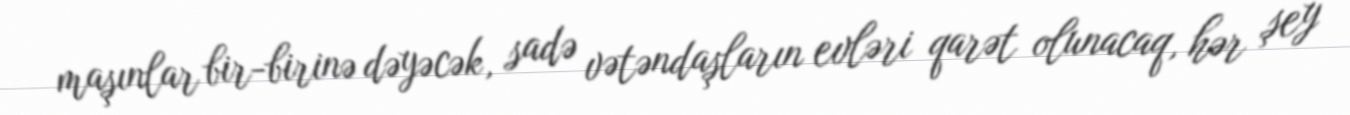
maşınlar bir-birinə dəyəcək, sadə vətəndaşların evləri qarət olunacaq, hər şey